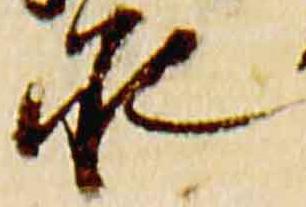
承